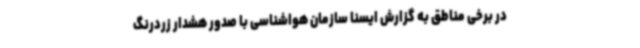
در برخی مناطق به گزارش ایسنا سازمان هواشناسی با صدور هشدار زردرنگ